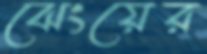
ঝেংয়ের